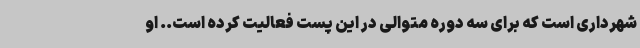
شهرداری است که برای سه دوره متوالی در این پست فعالیت کرده است.. او